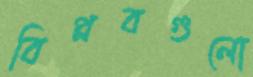
বিপ্লবগুলো